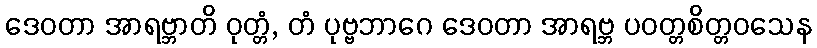
ဒေဝတာ အာရဗ္ဘာတိ ဝုတ္တံ, တံ ပုဗ္ဗဘာဂေ ဒေဝတာ အာရဗ္ဘ ပဝတ္တစိတ္တဝသေန